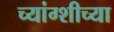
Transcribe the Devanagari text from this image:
च्यांग्शीच्या